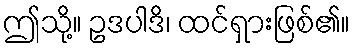
ဤသို့။ ဥဒပါဒိ၊ ထင်ရှားဖြစ်၏။